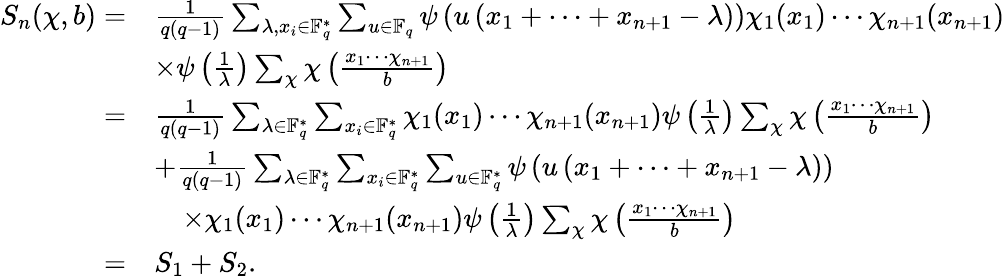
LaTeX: \begin{array}{rl}{S_{n}(\chi,b)=}&{\frac{1}{q(q-1)}\sum_{\lambda,x_{i}\in\mathbb{F}_{q}^{*}}\sum_{u\in\mathbb{F}_{q}}\psi\left(u\left(x_{1}+\cdots+x_{n+1}-\lambda\right)\right)\chi_{1}(x_{1})\cdots\chi_{n+1}(x_{n+1})}\\ &{\times\psi\left(\frac{1}{\lambda}\right)\sum_{\chi}\chi\left(\frac{x_{1}\cdots\chi_{n+1}}{b}\right)}\\ {=}&{\frac{1}{q(q-1)}\sum_{\lambda\in\mathbb{F}_{q}^{*}}\sum_{x_{i}\in\mathbb{F}_{q}^{*}}\chi_{1}(x_{1})\cdots\chi_{n+1}(x_{n+1})\psi\left(\frac{1}{\lambda}\right)\sum_{\chi}\chi\left(\frac{x_{1}\cdots\chi_{n+1}}{b}\right)}\\ &{+\frac{1}{q(q-1)}\sum_{\lambda\in\mathbb{F}_{q}^{*}}\sum_{x_{i}\in\mathbb{F}_{q}^{*}}\sum_{u\in\mathbb{F}_{q}^{*}}\psi\left(u\left(x_{1}+\cdots+x_{n+1}-\lambda\right)\right)}\\ &{\quad\times\chi_{1}(x_{1})\cdots\chi_{n+1}(x_{n+1})\psi\left(\frac{1}{\lambda}\right)\sum_{\chi}\chi\left(\frac{x_{1}\cdots\chi_{n+1}}{b}\right)}\\ {=}&{S_{1}+S_{2}.}\end{array}